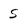
Character: 5